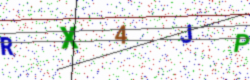
Text: RX4JP